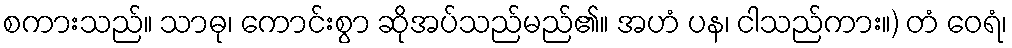
စကားသည်။ သာဓု၊ ကောင်းစွာ ဆိုအပ်သည်မည်၏။ အဟံ ပန၊ ငါသည်ကား။) တံ ဝေရံ၊